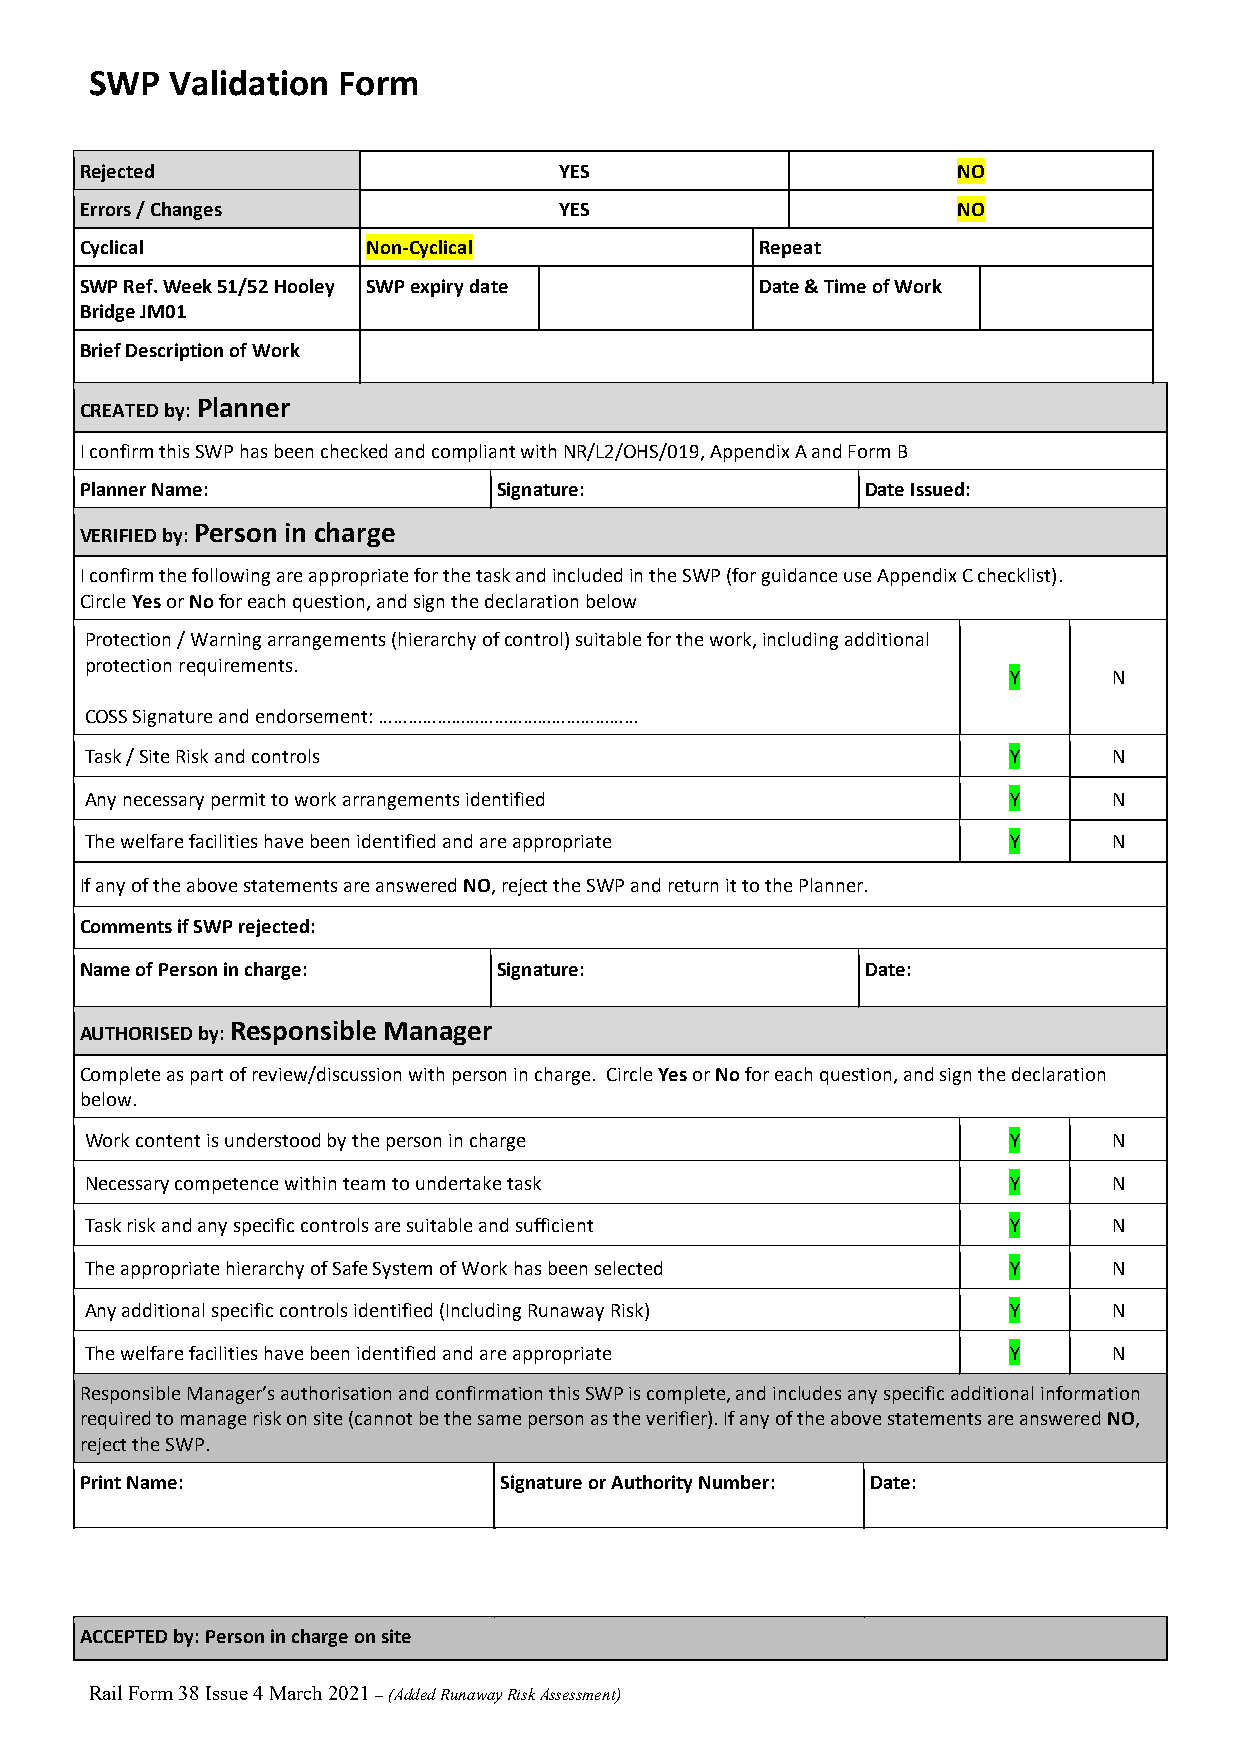
SWP  Validation Form
 Rejected                        YES                       NO
 Errors / Changes                YES                       NO
 Cyclical           Non-Cyclical              Repeat
 SWP Ref. Week 51/52 Hooley SWP expiry date   Date & Time of Work
 Bridge JM01
 Brief Description of Work
 CREATED by: Planner
 I confirm this SWP has been checked and compliant with NR/L2/OHS/019, Appendix A and Form B
 Planner Name:               Signature:              Date Issued:
 VERIFIED by: Person in charge
 I confirm the following are appropriate for the task and included in the SWP (for guidance use Appendix C checklist).
 Circle Yes or No for each question, and sign the declaration below
 Protection / Warning arrangements (hierarchy of control) suitable for the work, including additional
 protection requirements.
 Y      N
 COSS Signature and endorsement: ………………………………………………
 Task / Site Risk and controls                                Y      N
 Any necessary permit to work arrangements identified         Y      N
 The welfare facilities have been identified and are appropriate Y   N
 If any of the above statements are answered NO, reject the SWP and return it to the Planner.
 Comments if SWP rejected:
 Name of Person in charge:   Signature:              Date:
 AUTHORISED by: Responsible Manager
 Complete as part of review/discussion with person in charge. Circle Yes or No for each question, and sign the declaration
 below.
 Work content is understood by the person in charge           Y      N
 Necessary competence within team to undertake task           Y      N
 Task risk and any specific controls are suitable and sufficient Y   N
 The appropriate hierarchy of Safe System of Work has been selected Y N
 Any additional specific controls identified (Including Runaway Risk) Y N
 The welfare facilities have been identified and are appropriate Y   N
 Responsible Manager’s authorisation and confirmation this SWP is complete, and includes any specific additional information
 required to manage risk on site (cannot be the same person as the verifier). If any of the above statements are answered NO,
 reject the SWP.
 Print Name:                 Signature or Authority Number: Date:
 ACCEPTED by: Person in charge on site
 Rail Form 38 Issue 4 March 2021 – (Added Runaway Risk Assessment)